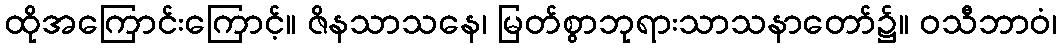
ထိုအကြောင်းကြောင့်။ ဇိနသာသနေ၊ မြတ်စွာဘုရားသာသနာတော်၌။ ဝသီဘာဝံ၊